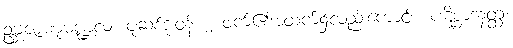
ဥဗ္ဘဇာဏုမဏ္ဍလံ၊ ပုဆစ်ဒူးဝန်း ၂ ဖက်၏အထက်၌လည်းကောင်း။ ပဋိစ္ဆာဒနတ္ထံ၊